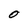
Character: O